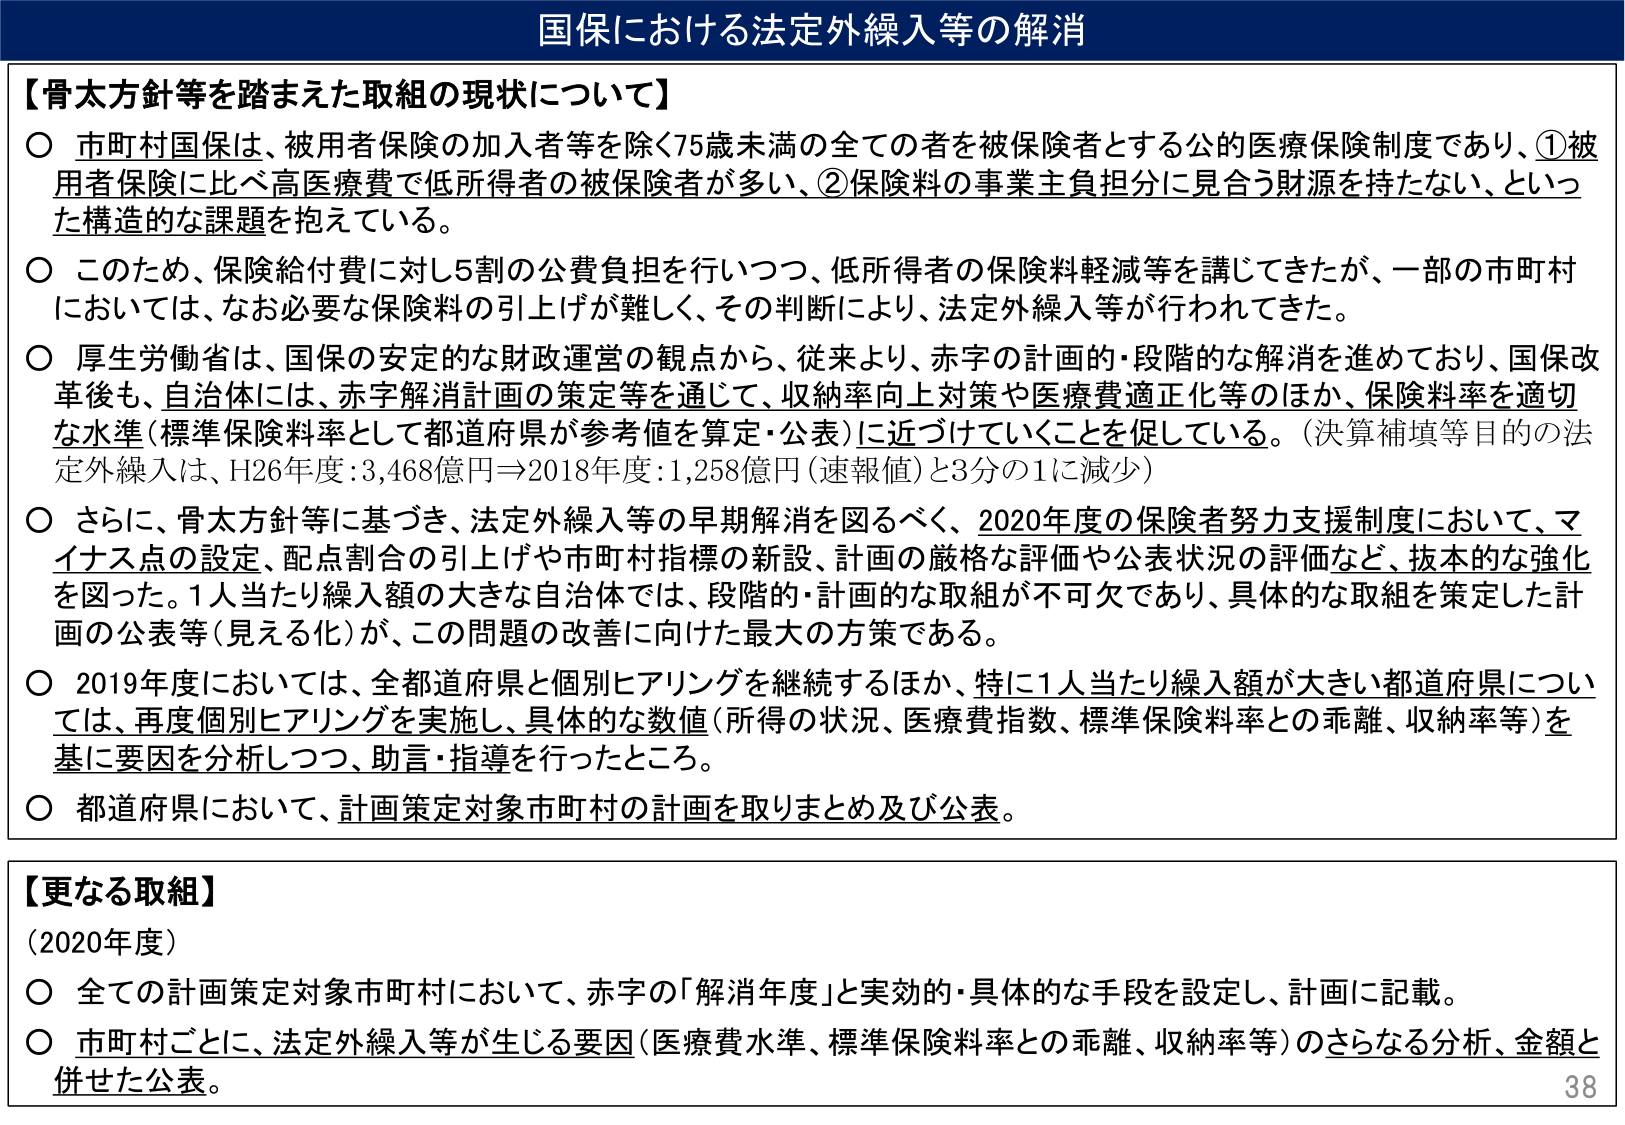
国保における法定外繰入等の解消

【骨太方針等を踏まえた取組の現状について】
○ 市町村国保は、被用者保険の加入者等を除く75歳未満の全ての者を被保険者とする公的医療保険制度であり、①被用者保険に比べ高医療費で低所得者の被保険者が多、②保険料の事業主負担分に見合う財源を持たない、といった構造的な課題を抱えている。
○ このため、保険給付費に対し5割の公費負担を行いつつ、低所得者の保険料軽減等を講じてきたが、一部の市町村においては、なお必要な保険料の引上げが難しく、その判断により、法定外繰入等が行われてきた。
○ 厚生労働省は、国保の安定的な財政運営の観点から、従来より、赤字の計画的・段階的な解消を進めており、国保改革後も、自治体には、赤字解消計画の策定等を通じて、収納率向上対策や医療費適正化等のほか、保険料率を適切な水準（標準保険料率として都道府県が参考値を算定・公表）に近づけていくことを促している。（決算補填等目的の法定外繰入は、H26年度：3,468億円⇒2018年度：1,258億円（速報値）と3分の1に減少）
○ さらに、骨太方針等に基づき、法定外繰入等の早期解消を図るべく、2020年度の保険者努力支援制度において、マイルストン点の設定、配点割合の引上げや市町村指標の新設、計画の厳格な評価や公表状況の評価など、抜本的な強化を図った。1人当たり繰入額の大きな自治体では、段階的・計画的な取組が不可欠であり、具体的な取組を策定した計画の公表等（見える化）が、この問題の改善に向けた最大の方策である。
○ 2019年度においては、全都道府県と個別ヒアリングを継続するほか、特に1人当たり繰入額が大きい都道府県については、再度個別ヒアリングを実施し、具体的な数値（所得の状況、医療費指数、標準保険料率との乖離、収納率等）を基に要因を分析しつつ、助言・指導を行ったところ。
○ 都道府県において、計画策定対象市町村の計画を取りまとめ及び公表。

【更なる取組】
（2020年度）
○ 全ての計画策定対象市町村において、赤字の「解消年度」と実効的・具体的な手段を設定し、計画に記載。
○ 市町村ごとに、法定外繰入等が生じる要因（医療費水準、標準保険料率との乖離、収納率等）のさらなる分析、金額と併せた公表。

38